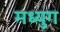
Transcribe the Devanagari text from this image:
मध्युग